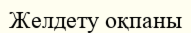
Желдету оқпаны